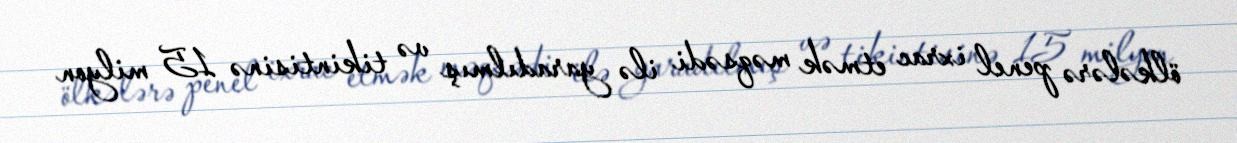
ölkələrə penel ixrac etmək məqsədi ilə yaradılmış və tikintisinə 15 milyon